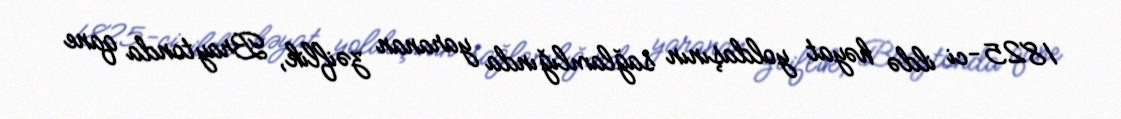
1825-ci ildə həyat yoldaşının sağlamlığında yaranan zəiflik, Braytonda qane